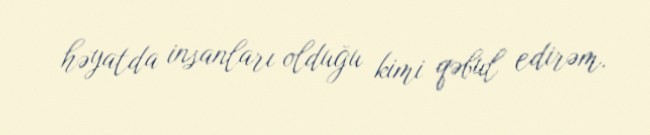
həyatda insanları olduğu kimi qəbul edirəm.